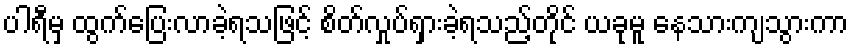
ပါရီမှ ထွက်ပြေးလာခဲ့ရသဖြင့် စိတ်လှုပ်ရှားခဲ့ရသည့်တိုင် ယခုမူ နေသားကျသွားကာ